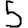
Digit: 5